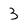
Character: 3